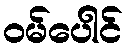
ဝမ်ပေါင်